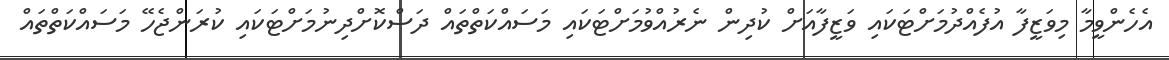
އެހެންވީމާ މިވަޒީފާ އުފެއްދުމަށްޓަކައި ވަޒީފާއަށް ކުދިން ނެރުއްވުމަށްޓަކައި މަސައްކަތްތައް ދަސްކޮށްދިނުމަށްޓަކައި ކުރަންޖެހޭ މަސައްކަތްތައް